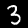
Label: 3